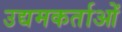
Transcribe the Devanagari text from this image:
उद्यमकर्ताओं